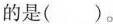
的是( )。